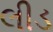
લીડ